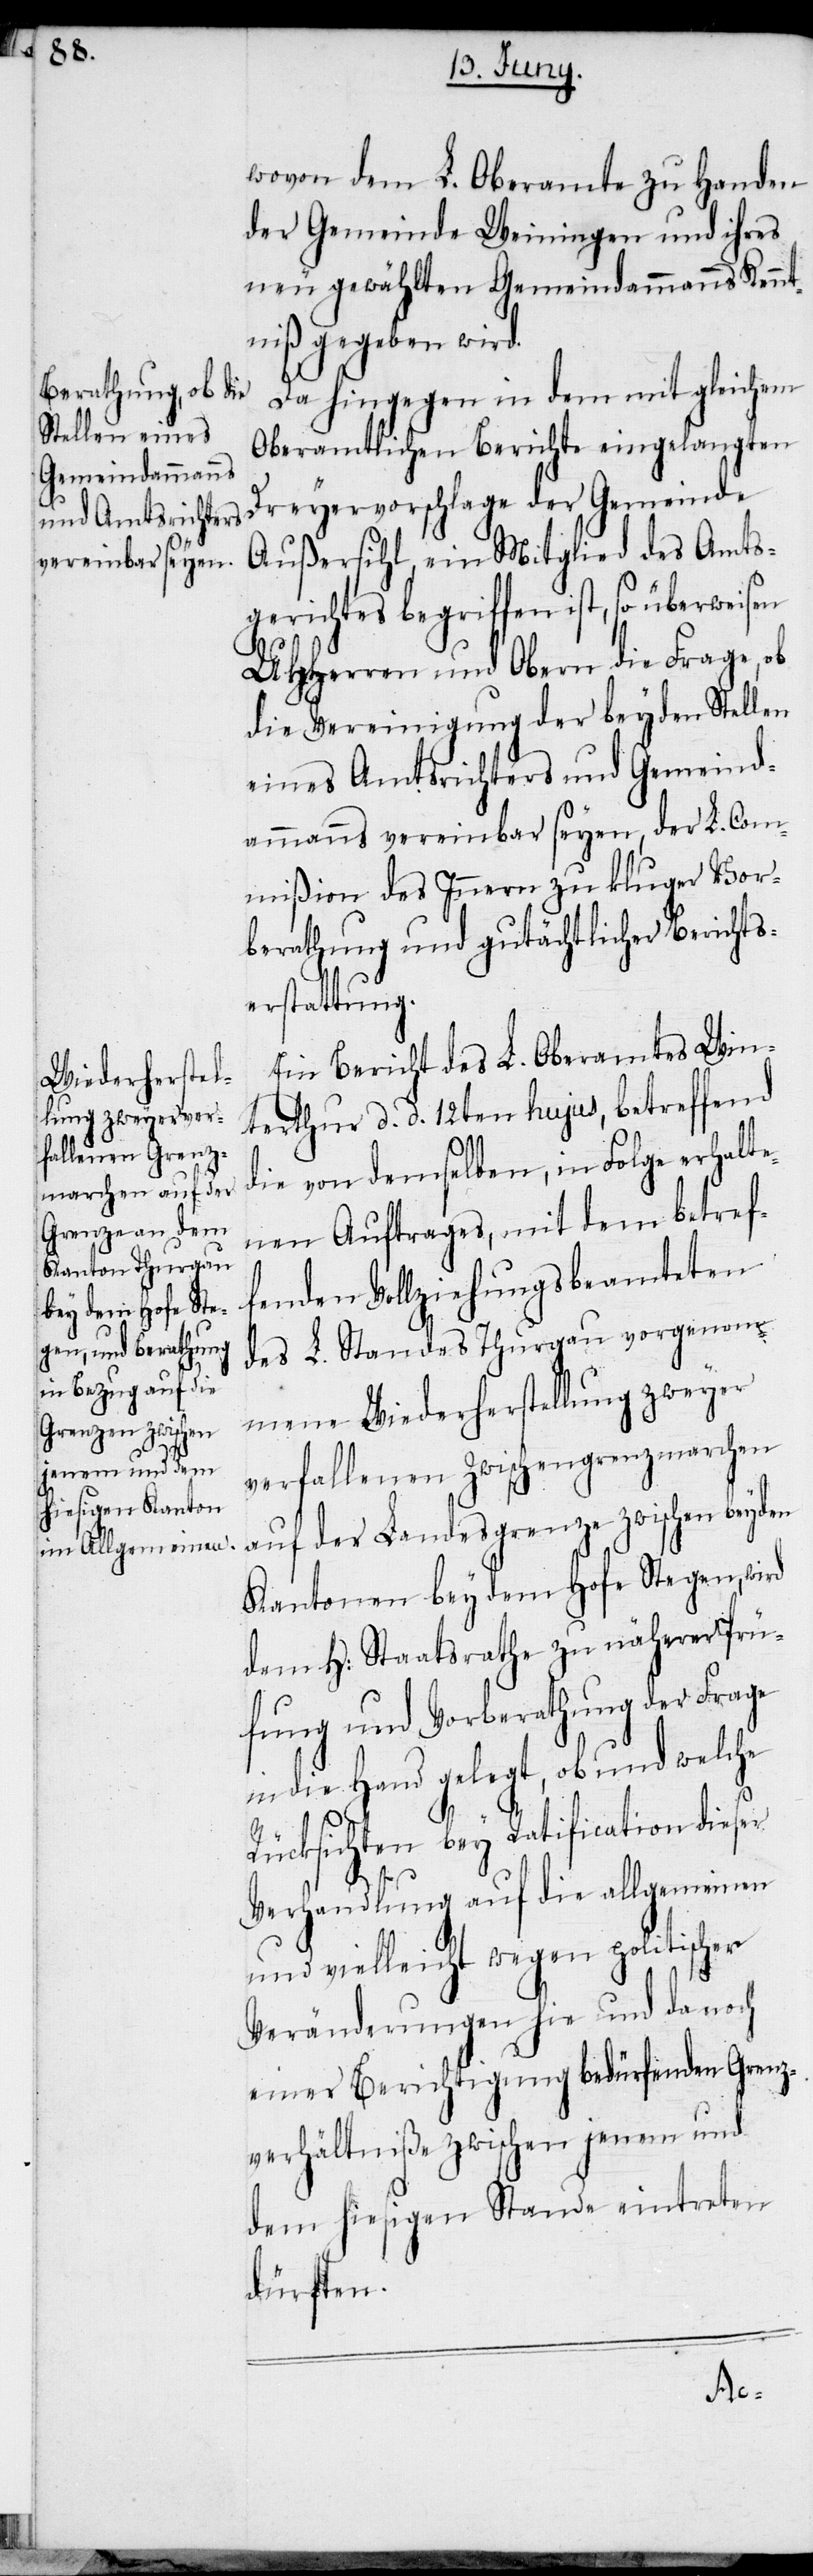
wovon dem L. Oberamte zu Handen
der Gemeinde Weiningen und ihres
neu gewählten Gemeindammanns Kennt¬
niß gegeben wird.
Da hingegen in dem mit gleichem
Oberamtlichen Berichte eingelangten
Dreyervorschlage der Gemeinde
Außersihl, ein Mitglied des Amts¬
gerichtes begriffen ist, so überweisen
UHHerren und Obern die Frage, ob
die Vereinigung der beyden Stellen
eines Amtsrichters und Gemeind¬
ammanns vereinbar seyen, der L. Com¬
mißion des Innern zu kluger Vor¬
berathung und gutächtlicher Berichts¬
erstattung.
Ein Bericht des L. Oberamtes Win¬
terthur d. d. 12ten hujus, betreffend
die von demselben, in Folge erhalte¬
nen Auftrages, mit dem betref¬
fenden Vollziehungsbeamteten
des L. Standes Thurgau vorgenom¬
mene Wiederherstellung zweyer
verfallenen Zwischengrenzmarchen
auf der Landesgrenze zwischen beyden
Kantonen bey dem Hofe Stegen, wird
dem H: Staatsrathe zu näherer Prü¬
fung und Vorberathung der Frage
in die Hand gelegt, ob und welche
Rücksichten bey Ratification dieser
Verhandlung auf die allgemeinen
und vielleicht wegen politischer
Veränderungen hie und da noch
einer Berichtigung bedürfenden Grenz¬
verhältniße zwischen jenen und
dem hiesigen Stande eintreten
dürften.